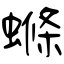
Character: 螩